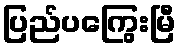
ပြည်ပကြွေးမြီ